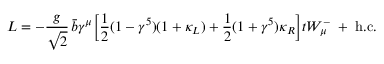
{ \cal L } = - \frac { g } { \sqrt { 2 } } \, \bar { b } \gamma ^ { \mu } \biggr [ \frac { 1 } { 2 } ( 1 - \gamma ^ { 5 } ) ( 1 + \kappa _ { L } ) + \frac { 1 } { 2 } ( 1 + \gamma ^ { 5 } ) \kappa _ { R } \biggr ] t W _ { \mu } ^ { - } \; + \; \mathrm { h . c . }